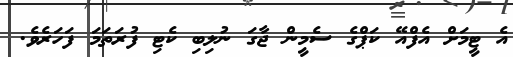
އެ ޓީމަށް އެފްއޭ ކަޕްގެ ސެމީން ޖާގަ ނުލިބި ކެޓި ފުރަތަމަ ފަހަރެވެ.